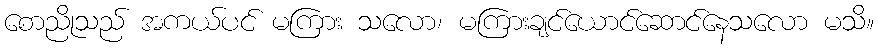
စောညိုသည် အကယ်ပင် မကြား သလော၊ မကြားချင်ယောင်ဆောင်နေသလော မသိ။